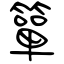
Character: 簞